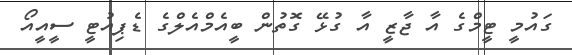
ގައުމީ ޓީމްގެ އާ ޖާޒީ އާ ގުޅޭ ގޮތުން ބީއެމްއެލްގެ ޑެޕިއުޓީ ސީއީއޯ